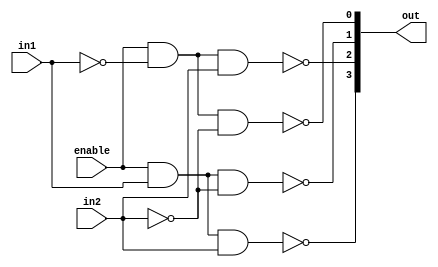
module demultiplexer1(in1, in2, enable, out);
	input in1, in2, enable;
	output[3:0]out;
	wire bar1, bar2;
	
	not v0(bar1, in1), v1(bar2, in2);
	nand n0(out[0], enable, bar1, bar2);
	nand n1(out[1], enable, in1, bar2);
	nand n2(out[2], enable, bar1, in2);
	nand n3(out[3], enable, in1, in2);

endmodule